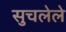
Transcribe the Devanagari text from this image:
सुचलेले